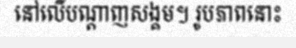
នៅលើបណ្តាញសង្គម។ រូបភាពនោះ